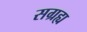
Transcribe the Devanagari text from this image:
सग्रह्य